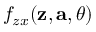
f _ { z x } ( \mathbf { z } , \mathbf { a } , \theta )